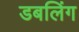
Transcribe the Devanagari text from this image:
डबलिंग